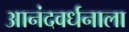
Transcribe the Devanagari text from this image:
आनंदवर्धनाला